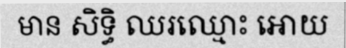
មាន សិទ្ធិ ឈរឈ្មោះ អោយ